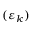
( \varepsilon _ { k } )